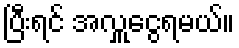
ပြီးရင် အလှူငွေရမယ်။